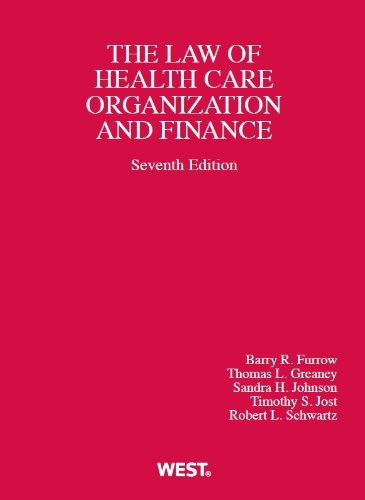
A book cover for Health Care Organization and Finance (American Casebook Series); Barry Furrow; Law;